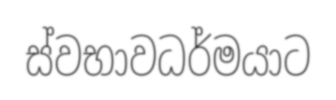
ස්වභාවධර්මයාට